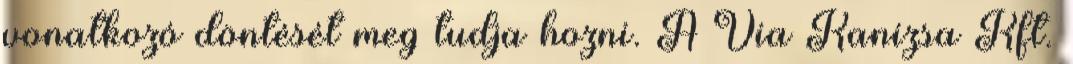
vonatkozó döntését meg tudja hozni. A Via Kanizsa Kft.